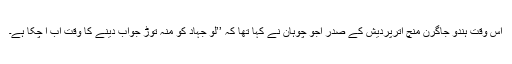
اس وقت ہندو جاگرن منچ اترپردیش کے صدر اجّو چوہان نے کہا تھا کہ ’’لو جہاد کو منہ توڑ جواب دینے کا وقت اب آ چکا ہے۔